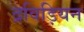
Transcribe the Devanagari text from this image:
द्रविड़ियन